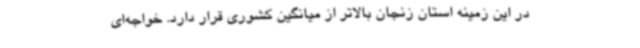
در این زمینه استان زنجان بالاتر از میانگین کشوری قرار دارد. خواجه‌ای